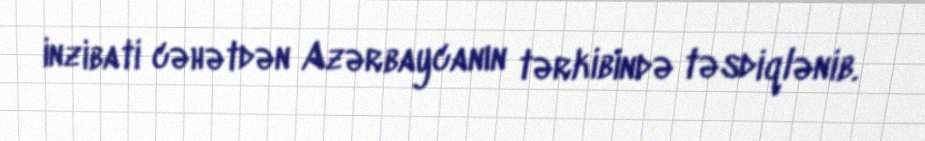
inzibati cəhətdən Azərbaycanın tərkibində təsdiqlənib.